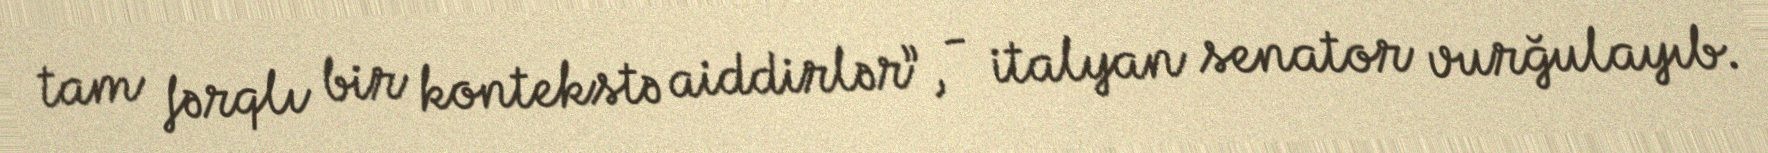
tam fərqlı bir kontekstə aiddirlər”, - italyan senator vurğulayıb.